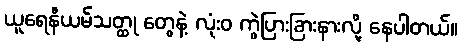
ယူရေနီယမ်သတ္ထု တွေနဲ့ လုံးဝ ကွဲပြားခြားနားလို့ နေပါတယ်။